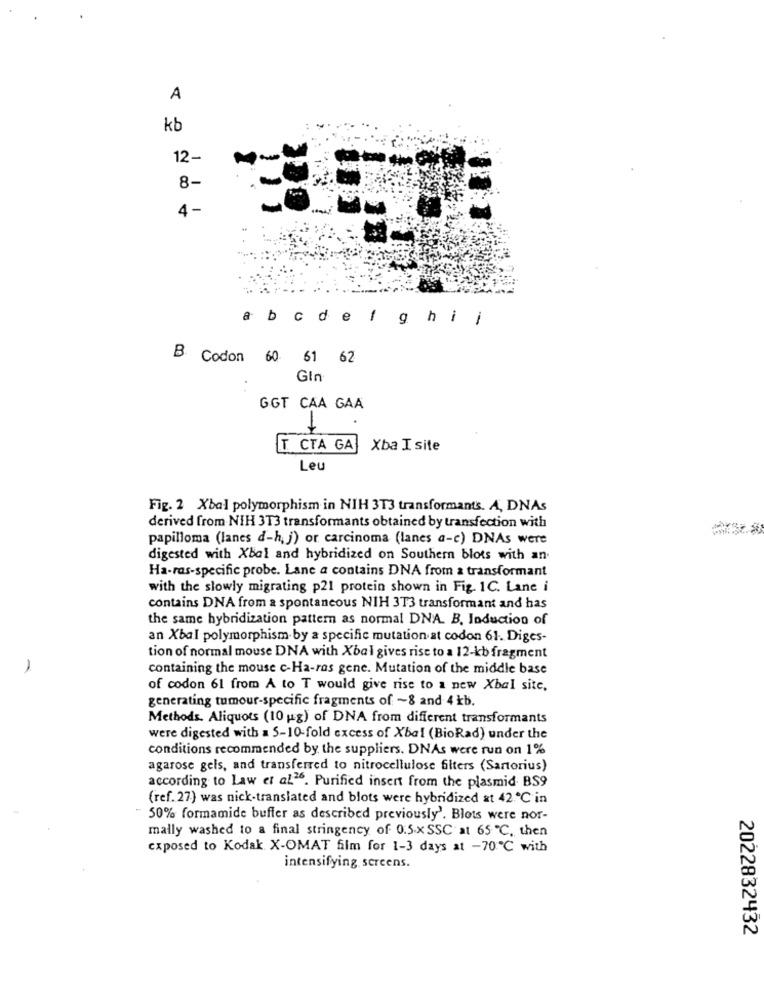
A
kb
12-
8-
4 -
abcdef ghi j
B Codon 60 61 62
Gin
GGT CAA GAA
T. CTA GA
Xba I site
Leu
Fig. 2 Xbal polymorphism in NIH 3T3 transformants. A, DNAs
derived from NIH 3T3 transformants obtained by transfection with
papilloma (lanes d-h, j) or carcinoma (lanes a-c) DNAs were
digested with Xbal and hybridized on Southern blots with an.
Ha-ras-specific probe. Lane a contains DNA from a transformant
with the slowly migrating p21 protein shown in Fig. 1C. Lane i
contains DNA from a spontaneous NIH 3T3 transformant and has
the same hybridization pattern as normal DNA. B. Induction of
an Xbal polymorphism by a specific mutation at codon 61. Diges-
tion of normal mouse DNA with Xbal gives rise to a 12-kb fragment
1
containing the mouse c-Ha-ras gene. Mutation of the middle base
of codon 61 from A to T would give rise to a new Xbal site,
generating tumour-specific fragments of -8 and 4 kb.
Methods. Aliquots (10 ug) of DNA from different transformants
were digested with a 5-10-fold excess of Xbal (BioRad) under the
conditions recommended by the suppliers. DNAs were run on 1%
agarose gels, and transferred to nitrocellulose filters (Sartorius)
according to Law et al26. Purified insent from the plasmid BS9
(ref. 27) was nick-translated and blots were hybridized at 42.℃ in
" 50% formamide buffer as described previously'. Blots were nor-
mally washed to a final stringency of 0.5.x SSC at 65 ℃, then
exposed to Kodak X-OMAT film for 1-3 days at -70℃ with
intensifying screens.
2022832432